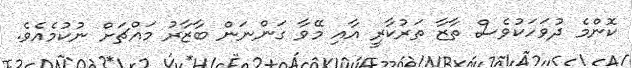
ކޮންމެ ދުވަހަކުވެސް ތާޒާ ތަރުކާރީ އާއި މޭވާ ގަންނަން ބާޒާރު މައްޗަށް ނުކުމެއެވެ.